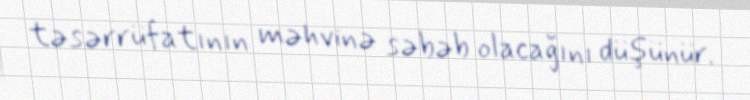
təsərrüfatının məhvinə səbəb olacağını düşünür.